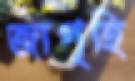
জাগৃহি